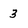
Character: 3